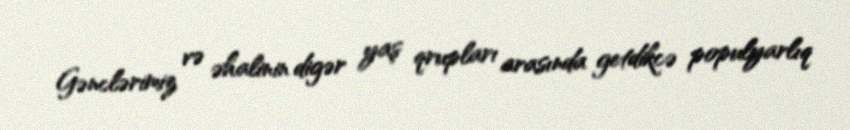
Gənclərimiz və əhalinin digər yaş qrupları arasında getdikcə populyarlıq